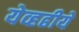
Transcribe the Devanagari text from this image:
येव्हढीये